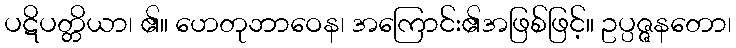
ပဋိပတ္တိယာ၊ ၏။ ဟေတုဘာဝေန၊ အကြောင်း၏အဖြစ်ဖြင့်။ ဥပ္ပဇ္ဇနတော၊